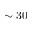
\sim 3 0